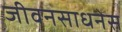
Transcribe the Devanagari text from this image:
जीवनसाधनेस